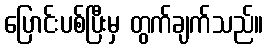
ပြောင်းပစ်ပြီးမှ တွက်ချက်သည်။